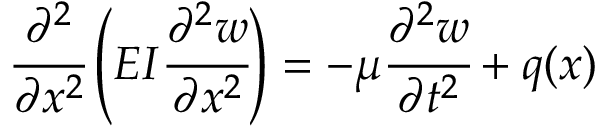
{ \cfrac { \partial ^ { 2 } } { \partial x ^ { 2 } } } \left( E I { \cfrac { \partial ^ { 2 } w } { \partial x ^ { 2 } } } \right) = - \mu { \cfrac { \partial ^ { 2 } w } { \partial t ^ { 2 } } } + q ( x )